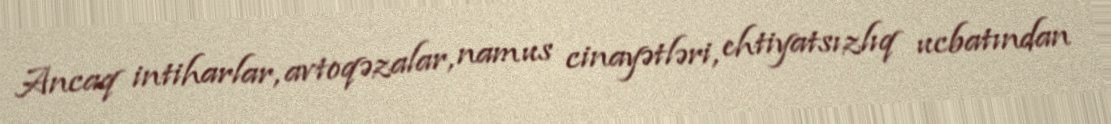
Ancaq intiharlar, avtoqəzalar, namus cinayətləri, ehtiyatsızlıq ucbatından